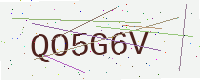
Text: QO5G6V